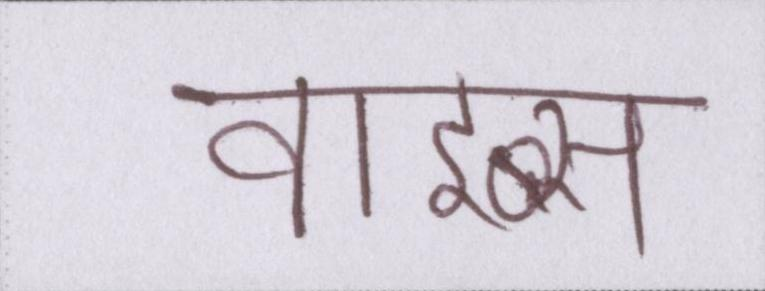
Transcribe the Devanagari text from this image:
वाइब्स